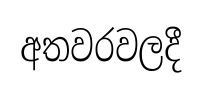
අතවරවලදී